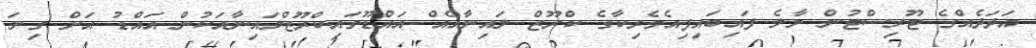
އަދަދެއްގެ ޓޫރިސްޓުން މާލެ ފައިބައިފިއެމެރިކާގެ ކްރޫޒް ލައިނާއެއް އައްޑޫގައިކްރޫޒްލައިނާއަކުން އައްޑު އަށް ގިނަ